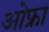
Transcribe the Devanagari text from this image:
ओफ्रा